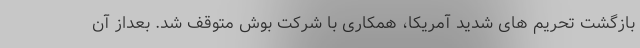
بازگشت تحریم های شدید آمریکا، همکاری با شرکت بوش متوقف شد. بعداز آن